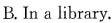
B. In a library.